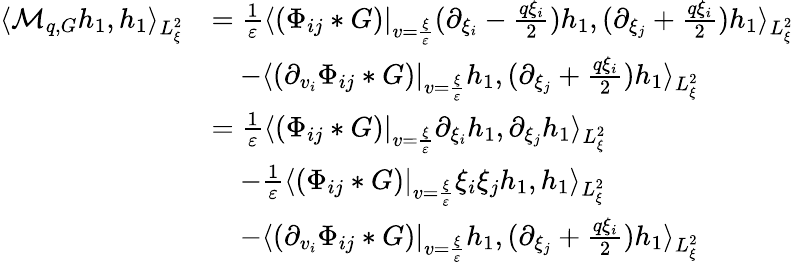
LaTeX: \begin{array}{rl}{\langle\mathcal M_{q,G}h_{1},h_{1}\rangle_{L_{\xi}^{2}}}&{=\frac{1}{\varepsilon}\langle(\Phi_{ij}*G)|_{v=\frac{\xi}{\varepsilon}}(\partial_{\xi_{i}}-\frac{q\xi_{i}}{2})h_{1},(\partial_{\xi_{j}}+\frac{q\xi_{i}}{2})h_{1}\rangle_{L_{\xi}^{2}}}\\ &{\quad-\langle(\partial_{v_{i}}\Phi_{ij}*G)|_{v=\frac{\xi}{\varepsilon}}h_{1},(\partial_{\xi_{j}}+\frac{q\xi_{i}}{2})h_{1}\rangle_{L_{\xi}^{2}}}\\ &{=\frac{1}{\varepsilon}\langle(\Phi_{ij}*G)|_{v=\frac{\xi}{\varepsilon}}\partial_{\xi_{i}}h_{1},\partial_{\xi_{j}}h_{1}\rangle_{L_{\xi}^{2}}}\\ &{\quad-\frac{1}{\varepsilon}\langle(\Phi_{ij}*G)|_{v=\frac{\xi}{\varepsilon}}\xi_{i}\xi_{j}h_{1},h_{1}\rangle_{L_{\xi}^{2}}}\\ &{\quad-\langle(\partial_{v_{i}}\Phi_{ij}*G)|_{v=\frac{\xi}{\varepsilon}}h_{1},(\partial_{\xi_{j}}+\frac{q\xi_{i}}{2})h_{1}\rangle_{L_{\xi}^{2}}}\end{array}